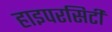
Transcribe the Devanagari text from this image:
हाइपरसिटी